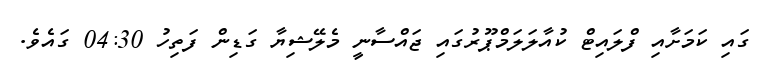
ގައި ކަމަށާއި ފްލައިޓް ކުއާލަލަމްޕޫރުގައި ޖައްސާނީ މެލޭޝިޔާ ގަޑިން ފަތިހު 04:30 ގައެވެ.